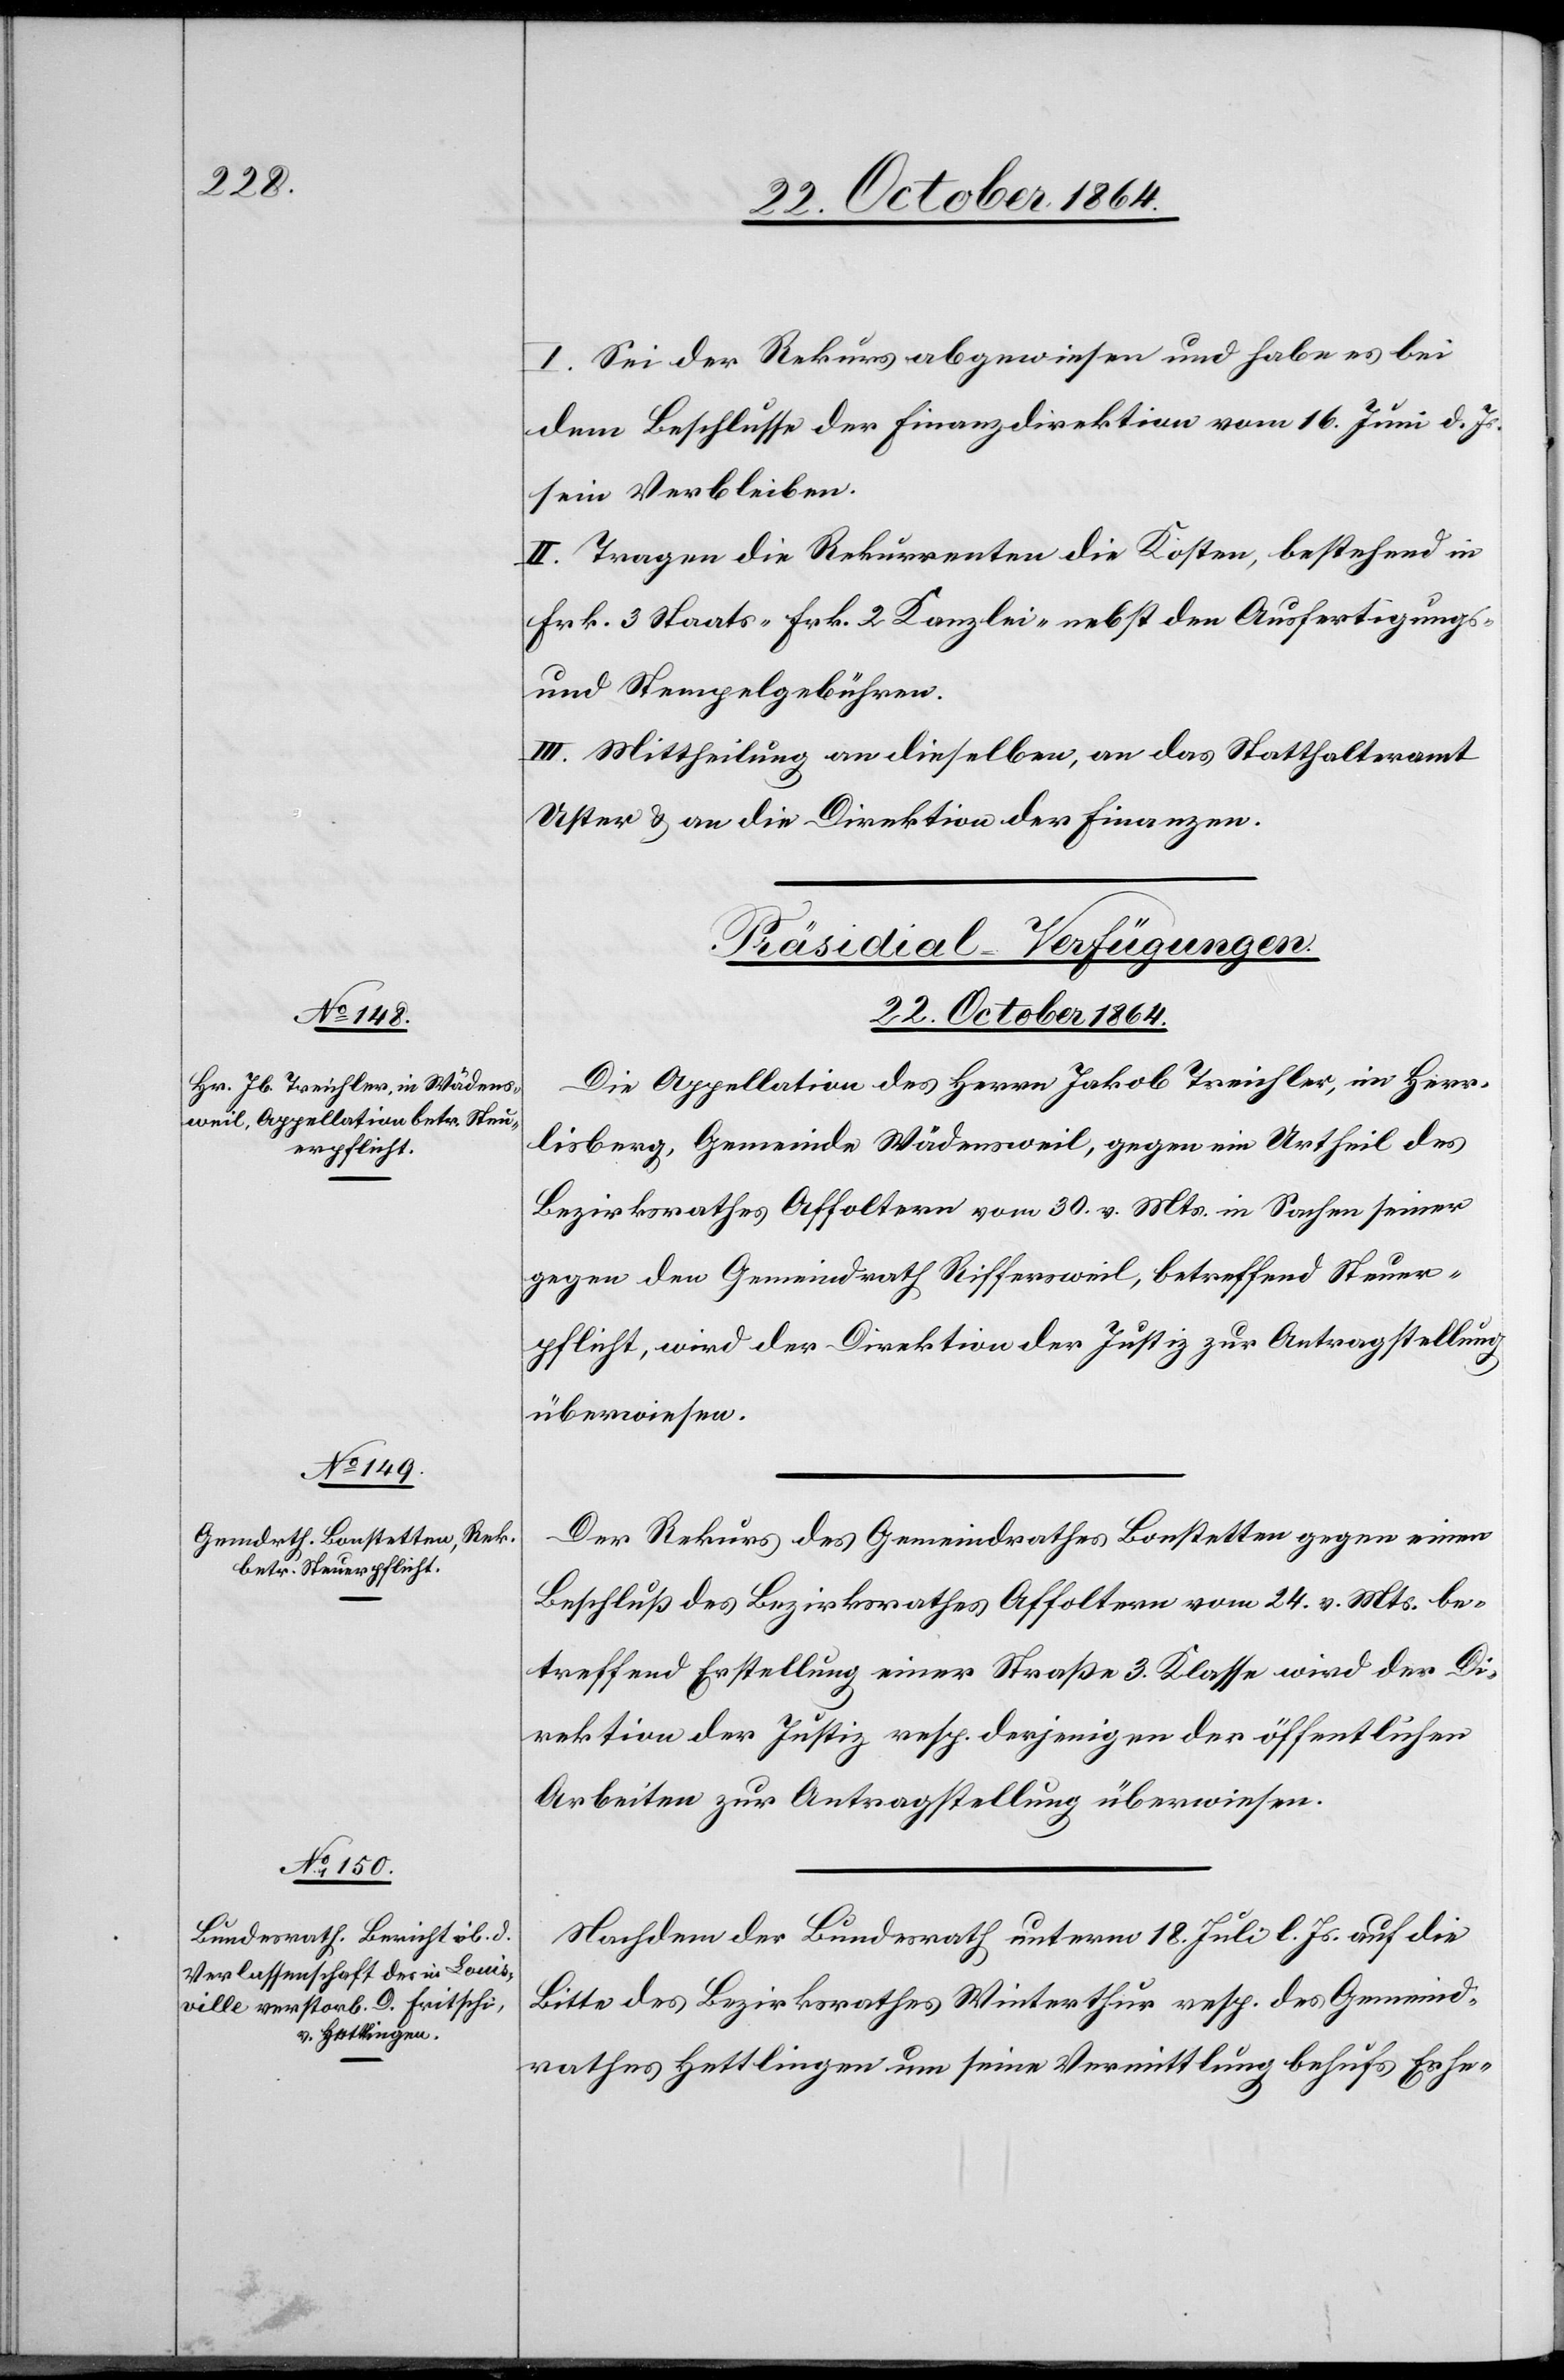
22. October 1864.]
I. Sei der Rekurs abgewiesen und habe es bei
dem Beschlusse der Finanzdirektion vom 16. Juni d. Js.
sein Verbleiben.
II. Tragen die Rekurrenten die Kosten, bestehend in
Frk. 3 Staats- Frk. 2 Kanzlei- nebst den Ausfertigungs-
& Stempelgebühren.
III. Mittheilung an dieselben, an das Statthalteramt
Uster & an die Direktion der Finanzen.
[Präsidial-Verfügungen.
Die Appellation des Herrn Jakob Treichler, in Herr¬
lisberg, Gemeinde Wädensweil, gegen ein Urtheil des
Bezirksrathes Affoltern vom 30. v. Mts. in Sachen seiner
gegen den Gemeindrath Riffersweil [sic!], betreffend Steuer¬
pflicht, wird der Direktion der Justiz zur Antragstellung
überwiesen.
Der Rekurs des Gemeindrathes Bonstetten gegen einen
Beschluß des Bezirksrathes Affoltern vom 24. v. Mts. be¬
treffend Erstellung einer Straße 3. Klasse wird der Di¬
rektion der Justiz resp. derjenigen der öffentlichen
Arbeiten zur Antragstellung überwiesen.
Nachdem der Bundesrath unterm 18. Juli l. Js. auf die
Bitte des Bezirksrathes Winterthur resp. des Gemeind¬
rathes Hettlingen um seine Vermittlung behufs Erhe-